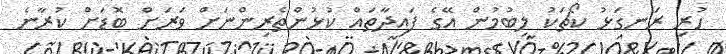
ހުރި ރަނގަޅު ކޯޗަކު ލިބުމުން އޭގެ ފައިދާތައް ކުޅުންތެރިންނަށް ވަރަށް ބޮޑަށް ކުރާނެ